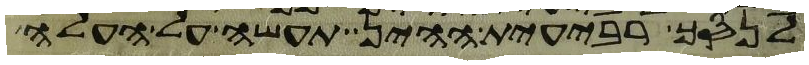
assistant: לנסך רבעית ההין תעשה על העלה